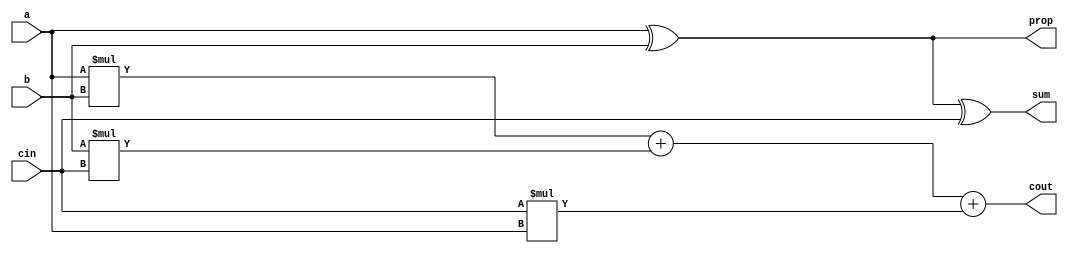
`timescale 1ns / 1ps
//////////////////////////////////////////////////////////////////////////////////
// Company: 
// Engineer: 
// 
// Design Name: 
// Module Name:    A 
// Project Name: 
// Target Devices: 
// Tool versions: 
// Description: 
//
// Dependencies: 
//
// Revision: 
// Revision 0.01 - File Created
// Additional Comments: 
//
//////////////////////////////////////////////////////////////////////////////////

// Module for Full Adder(A) 
module A(a,b,cin,sum,cout,prop);

	// a,b,cin are the three inputs
	input a,b,cin; 
	
	// sum,cout	are the two outputs				
	output sum,cout,prop;
	
	// assigning values to sum and cout by appropriate logic
	xor(prop,a,b);
	xor(sum,prop,cin);
	assign cout = a*b+b*cin+cin*a;
	
endmodule